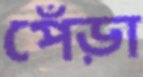
পেঁড়া